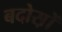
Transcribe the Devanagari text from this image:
बदोस़ों